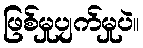
ဖြစ်မှုပျက်မှုပဲ။